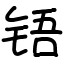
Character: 铻